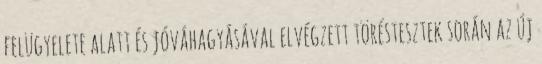
felügyelete alatt és jóváhagyásával elvégzett töréstesztek során az új